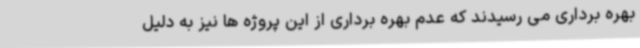
بهره برداری می رسیدند که عدم بهره برداری از این پروژه ها نیز به دلیل